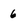
Character: 6